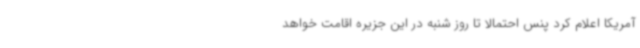
آمریکا اعلام کرد پنس احتمالا تا روز شنبه در این جزیره اقامت خواهد